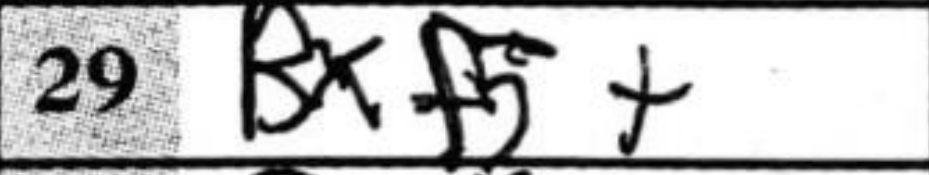
Transcription: Bxf5+